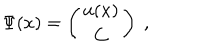
\Psi ( x ) = \left( \begin{array} { c } { { u ( x ) } } \\ { { C } } \\ \end{array} \right) \; ,